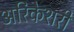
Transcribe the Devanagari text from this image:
अरिकेशरी